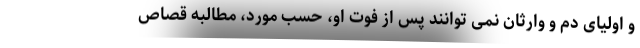
و اولیای دم و وارثان نمی توانند پس از فوت او، حسب مورد، مطالبه قصاص